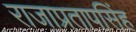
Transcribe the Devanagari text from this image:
राजाप्रतापसिंह